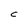
Character: C